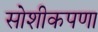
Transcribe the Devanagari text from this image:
सोशीकपणा